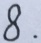
8 .